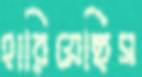
হারিয়েছিস